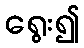
ရွေး၍